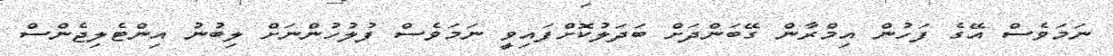
ނަމަވެސް އޭގެ ފަހުން އިމްރާން ގޭބަންދަށް ބަދަލުކޮށްފައިވީ ނަމަވެސް ފުލުހުންނަށް ލިބުނު އިންޓެލިޖެންސް